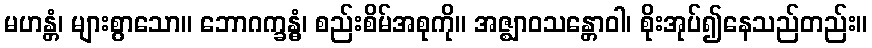
မဟန္တံ၊ များစွာသော။ ဘောဂက္ခန္ဓံ၊ စည်းစိမ်အစုကို။ အဇ္ဈာဝသန္တောဝါ၊ စိုးအုပ်၍နေသည်တည်း။